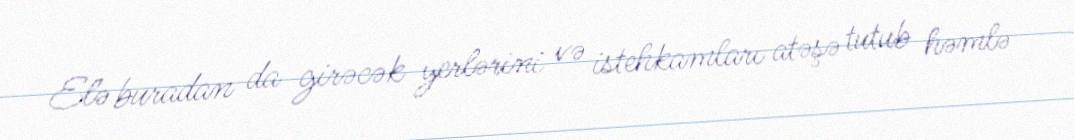
Elə buradan da girəcək yerlərini və istehkamları atəşə tutub həmlə